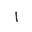
Letter: _alif